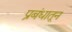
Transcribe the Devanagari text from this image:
प्रबंधातून